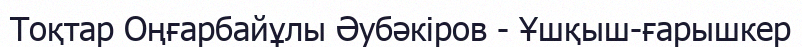
Тоқтар Оңғарбайұлы Әубәкіров - Ұшқыш-ғарышкер